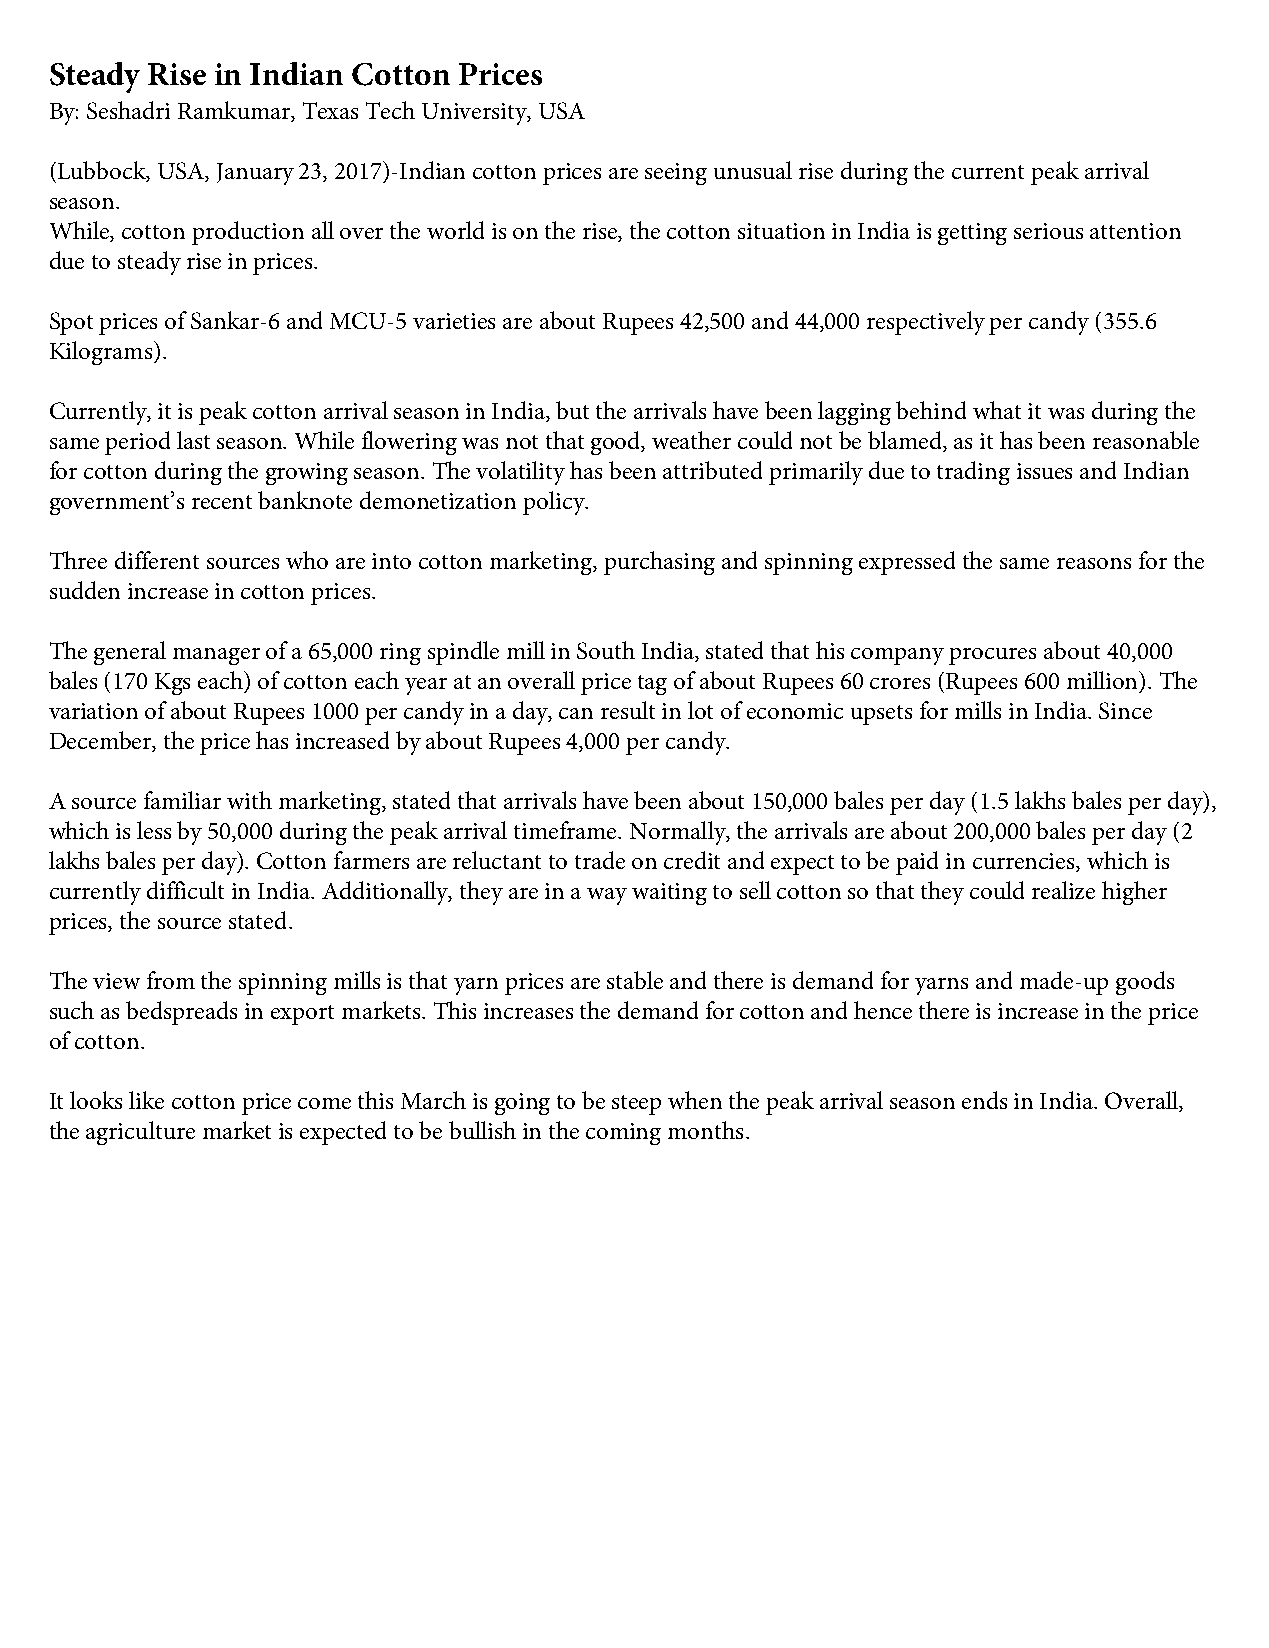
Steady Rise in Indian Cotton Prices
 By: Seshadri Ramkumar, Texas Tech University, USA
 (Lubbock, USA, January 23, 2017)-Indian cotton prices are seeing unusual rise during the current peak arrival
 season.
 While, cotton production all over the world is on the rise, the cotton situation in India is getting serious attention
 due to steady rise in prices.
 Spot prices of Sankar-6 and MCU-5 varieties are about Rupees 42,500 and 44,000 respectively per candy (355.6
 Kilograms).
 Currently, it is peak cotton arrival season in India, but the arrivals have been lagging behind what it was during the
 same period last season. While flowering was not that good, weather could not be blamed, as it has been reasonable
 for cotton during the growing season. The volatility has been attributed primarily due to trading issues and Indian
 government’s recent banknote demonetization policy.
 Three different sources who are into cotton marketing, purchasing and spinning expressed the same reasons for the
 sudden increase in cotton prices.
 The general manager of a 65,000 ring spindle mill in South India, stated that his company procures about 40,000
 bales (170 Kgs each) of cotton each year at an overall price tag of about Rupees 60 crores (Rupees 600 million). The
 variation of about Rupees 1000 per candy in a day, can result in lot of economic upsets for mills in India. Since
 December, the price has increased by about Rupees 4,000 per candy.
 A source familiar with marketing, stated that arrivals have been about 150,000 bales per day (1.5 lakhs bales per day),
 which is less by 50,000 during the peak arrival timeframe. Normally, the arrivals are about 200,000 bales per day (2
 lakhs bales per day). Cotton farmers are reluctant to trade on credit and expect to be paid in currencies, which is
 currently difficult in India. Additionally, they are in a way waiting to sell cotton so that they could realize higher
 prices, the source stated.
 The view from the spinning mills is that yarn prices are stable and there is demand for yarns and made-up goods
 such as bedspreads in export markets. This increases the demand for cotton and hence there is increase in the price
 of cotton.
 It looks like cotton price come this March is going to be steep when the peak arrival season ends in India. Overall,
 the agriculture market is expected to be bullish in the coming months.